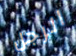
الرجل